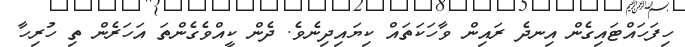
ހިފަހައްޓައިގެން އިނދެ ރައިން ވާހަކަތައް ކިޔައިދިނެވެ. ދެން ކީއްވެގެންތަ އަހަރެން ތި ހުރިހާ